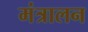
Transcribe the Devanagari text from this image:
मंत्रालन